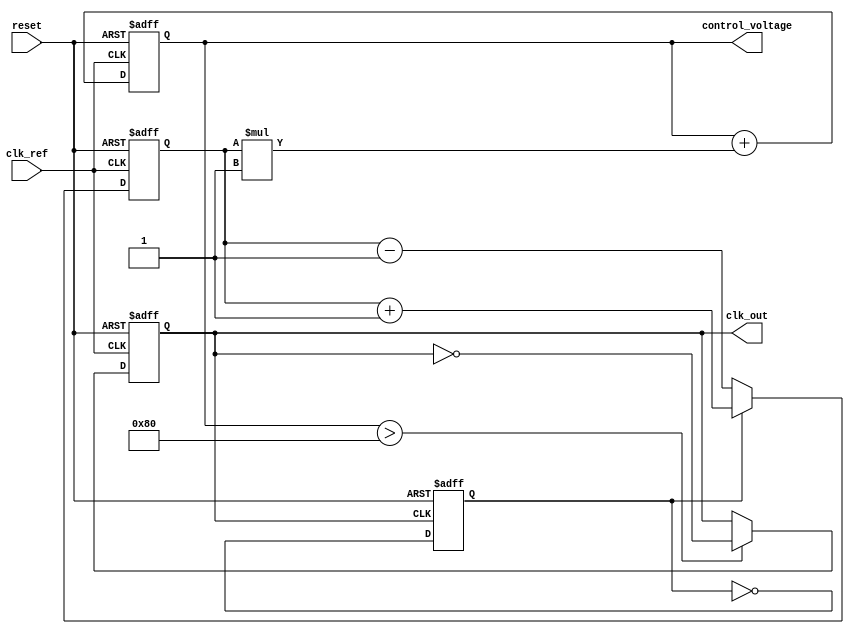
module PLL (
    input wire clk_ref,          // Reference clock input
    input wire reset,            // Reset signal
    output wire clk_out,         // Output clock signal
    output wire [7:0] control_voltage // Control voltage for VCO (for example)
);

    // Parameters
    parameter integer VCO_MULTIPLIER = 4; // VCO frequency multiplier
    parameter integer LOOP_FILTER_GAIN = 1; // Gain for loop filter

    // Internal signals
    reg clk_vco;                  // VCO output clock
    reg [7:0] phase_error;        // Phase error signal
    reg [7:0] control_voltage_reg; // Control voltage register
    reg [7:0] loop_filter;        // Loop filter output
    reg feedback_clk;             // Feedback clock signal

    // Phase Frequency Detector (PFD)
    always @(posedge clk_ref or posedge reset) begin
        if (reset) begin
            phase_error <= 8'b0;
        end else begin
            // Simple PFD logic (leading/lagging detection)
            if (feedback_clk) begin
                phase_error <= phase_error + 1; // Feedback clock is leading
            end else begin
                phase_error <= phase_error - 1; // Feedback clock is lagging
            end
        end
    end

    // Charge Pump
    always @(posedge clk_ref or posedge reset) begin
        if (reset) begin
            control_voltage_reg <= 8'b0;
        end else begin
            // Charge pump logic
            control_voltage_reg <= control_voltage_reg + (phase_error * LOOP_FILTER_GAIN);
        end
    end

    // Loop Filter
    always @(posedge clk_ref or posedge reset) begin
        if (reset) begin
            loop_filter <= 8'b0;
        end else begin
            // Simple low-pass filter
            loop_filter <= (loop_filter + control_voltage_reg) >> 1; // Averaging
        end
    end

    // Voltage-Controlled Oscillator (VCO)
    always @(posedge clk_ref or posedge reset) begin
        if (reset) begin
            clk_vco <= 1'b0;
        end else begin
            // Generate VCO output clock based on control voltage
            if (control_voltage_reg > 8'd128) begin
                clk_vco <= ~clk_vco; // Toggle VCO clock
            end
        end
    end

    // Feedback path (simple divide by 4 for demonstration)
    always @(posedge clk_vco or posedge reset) begin
        if (reset) begin
            feedback_clk <= 1'b0;
        end else begin
            feedback_clk <= ~feedback_clk; // Simple feedback
        end
    end

    // Output Driver
    assign clk_out = clk_vco;

    // Control Voltage Output
    assign control_voltage = control_voltage_reg;

endmodule